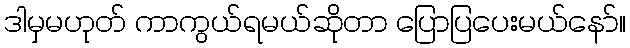
ဒါမှမဟုတ် ကာကွယ်ရမယ်ဆိုတာ ပြောပြပေးမယ်နော်။